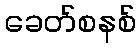
ခေတ်စနစ်